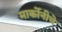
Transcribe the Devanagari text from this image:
मार्कोनीचे